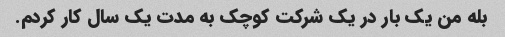
بله من یک بار در یک شرکت کوچک به مدت یک سال کار کردم.